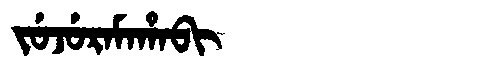
Manchu: ᠵᡠᠵᡠᡵᠠᠮᠠᡥᠠᠪᡳ
Romanization: JUJURAMAHABI